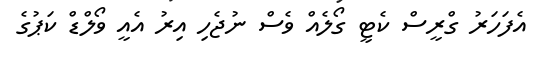
އެފަހަރު ގްރީސް ކެޓީ ގޯލެއް ވެސް ނުޖެހި އިރު އެއީ ވޯލްޑް ކަޕުގެ